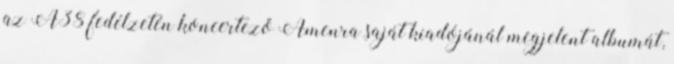
az A38 fedélzetén koncertező Amenra saját kiadójánál megjelent albumát,